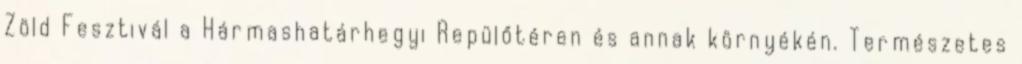
Zöld Fesztivál a Hármashatárhegyi Repülőtéren és annak környékén. Természetes